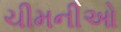
ચીમનીઓ